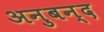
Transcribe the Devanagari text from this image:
अनुबन्द